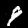
Digit: 9